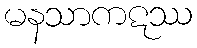
မနသာကဋဿ